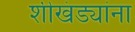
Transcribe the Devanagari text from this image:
शीखंड्यांना